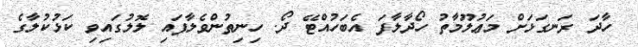
ހާދަ ރަނގަޅަށް މަޢުލޫމާތު ހޯދާލާފަ އެބަހުއްޓޭ ދޯ. ހިނިތުންވެލާފައި ލޮލުގައިވި ކަޅުކުލާގެ